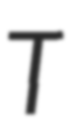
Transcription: T